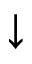
\downarrow